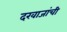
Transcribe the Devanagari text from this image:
दरवाजांची